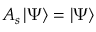
A _ { s } \mathinner { | { \Psi } \rangle } = \mathinner { | { \Psi } \rangle }